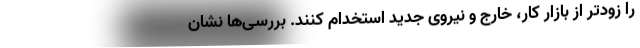
را زودتر از بازار کار، خارج و نیروی جدید استخدام کنند. بررسی‌ها نشان